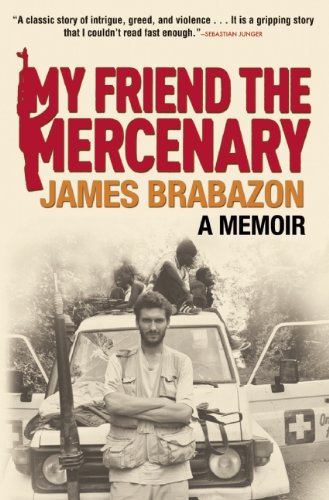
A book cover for My Friend the Mercenary; James Brabazon; Biographies & Memoirs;